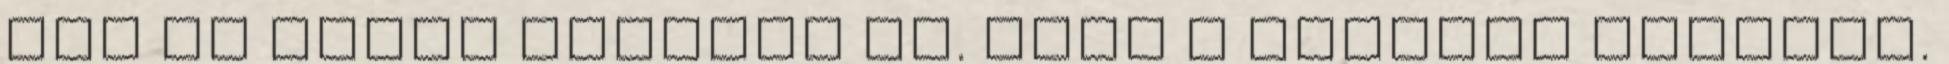
épp az előbb mondtam el. Csak a bíróság dönthet.